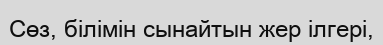
Сөз, білімін сынайтын жер ілгері,